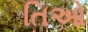
તિઓ